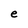
Character: e